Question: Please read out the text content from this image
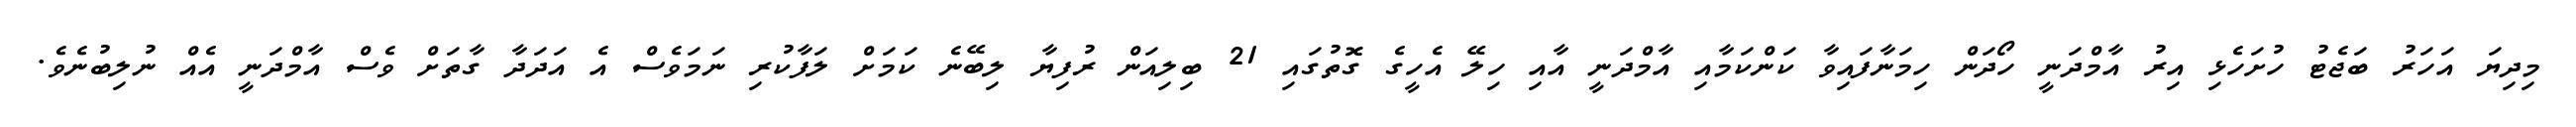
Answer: މިދިޔަ އަހަރު ބަޖެޓު ހުށަހެޅި އިރު އާމްދަނީ ހޯދަން ހިމަނާފައިވާ ކަންކަމާއި އާމްދަނީ އާއި ހިލޭ އެހީގެ ގޮތުގައި 21 ބިލިއަން ރުފިޔާ ލިބޭނެ ކަމަށް ލަފާކުރި ނަމަވެސް އެ އަދަދާ ގާތަށް ވެސް އާމްދަނީ އެއް ނުލިބުނެވެ.